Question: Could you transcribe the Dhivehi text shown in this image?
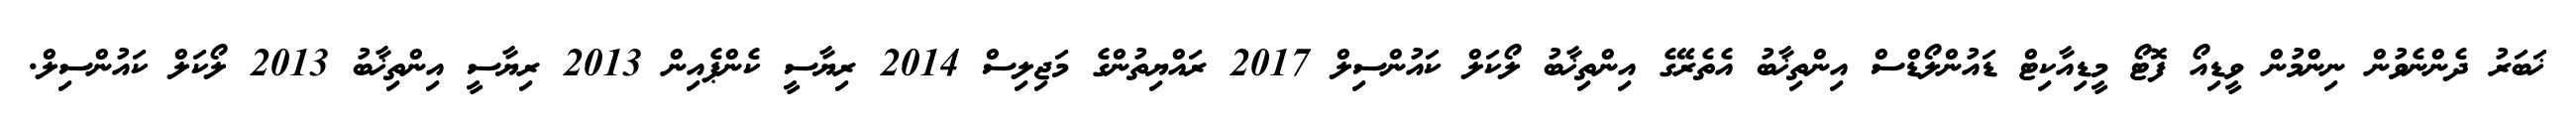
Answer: ޚަބަރު ދެންނެވުން ނިންމުން ވީޑިއޯ ފޮޓޯ މީޑިއާކިޓް ޑައުންލޯޑްސް އިންތިޚާބު އެތެރޭގެ އިންތިޚާބު ލޯކަލް ކައުންސިލް 2017 ރައްޔިތުންގެ މަޖިލިސް 2014 ރިޔާސީ ކެންޕެއިން 2013 ރިޔާސީ އިންތިޚާބު 2013 ލޯކަލް ކައުންސިލް.